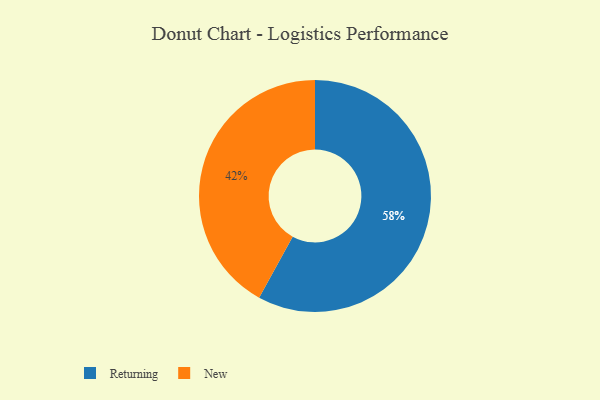
{"axis": {"x": "Category", "y": "Percentage"}, "legend": ["New", "Returning"], "data": [{"x": "New", "y": 42, "type": "New"}, {"x": "Returning", "y": 58, "type": "Returning"}]}